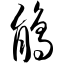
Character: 鹃